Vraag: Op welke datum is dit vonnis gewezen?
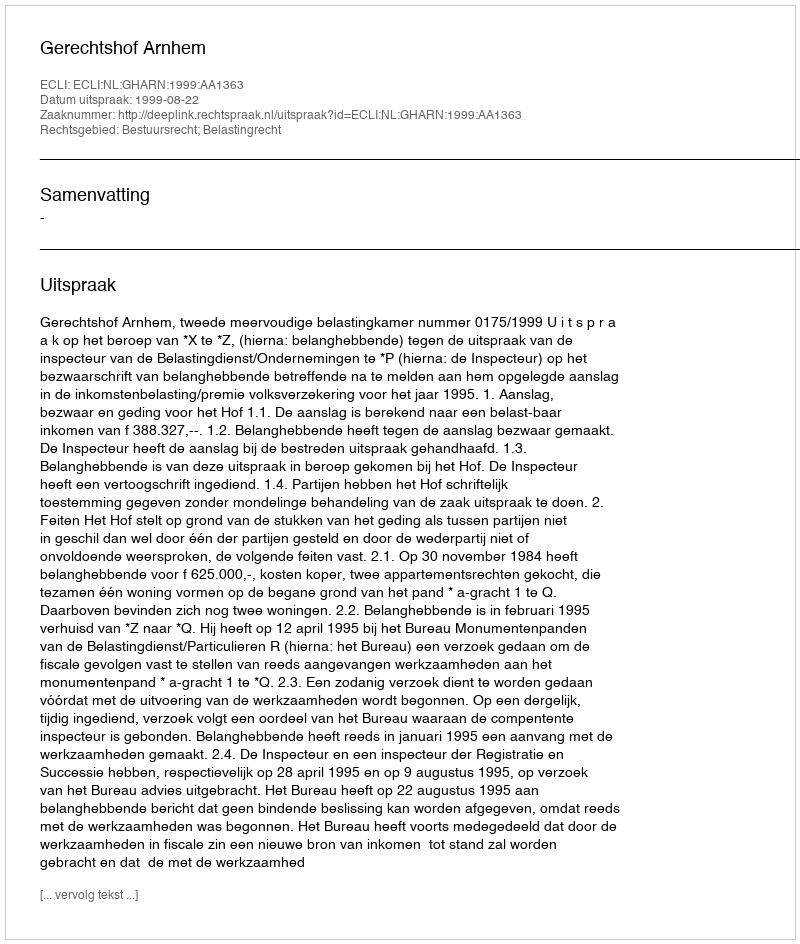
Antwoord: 1999-08-22